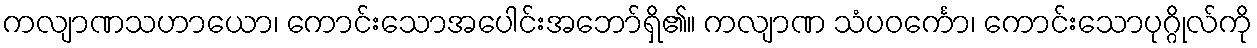
ကလျာဏသဟာယော၊ ကောင်းသောအပေါင်းအဘော်ရှိ၏။ ကလျာဏ သံပဝင်္ကော၊ ကောင်းသောပုဂ္ဂိုလ်ကို